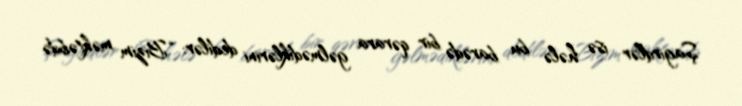
Şagirdlər isə hələ bu barədə bir qərara gəlmədiklərini dedilər: “Bizim məktəbdə